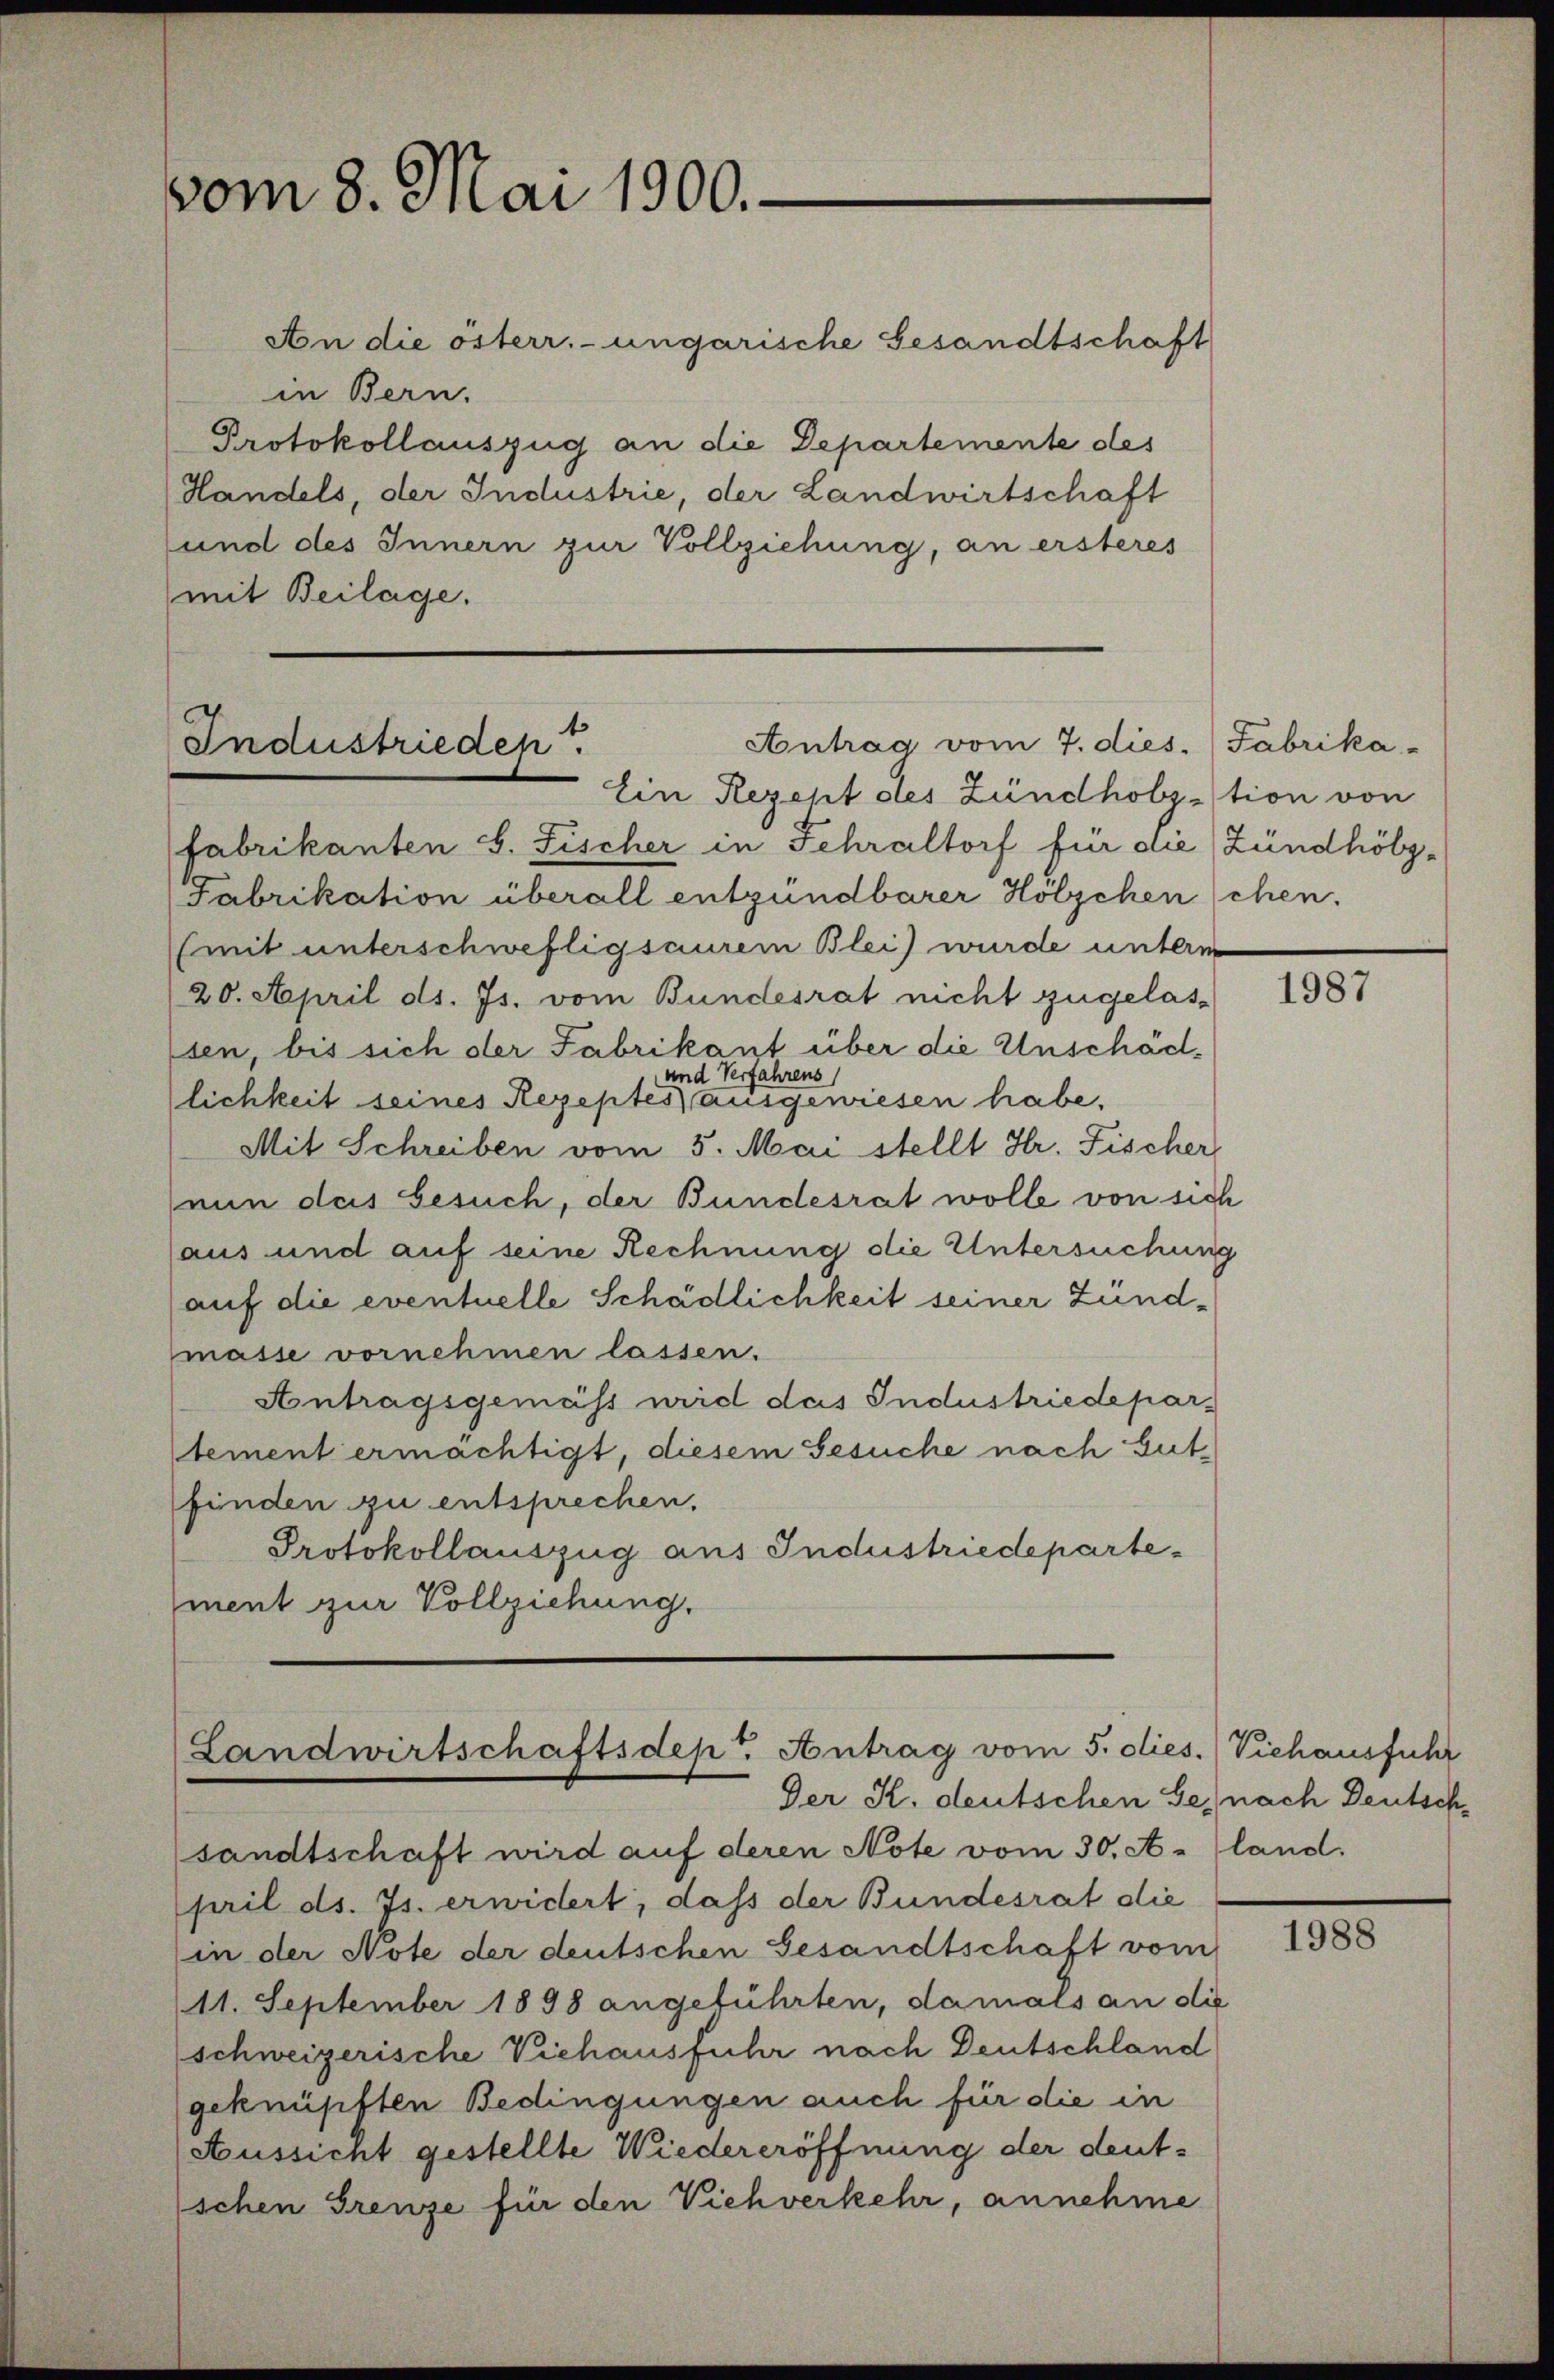
vom 8. Mai 1900.

An die österr. ungarische Gesandtschaft
in Bern.
Protokollauszug an die Departemente des
Handels, der Industrie, der Landwirtschaft
und des Innern zur Vollziehung, an ersteres
mit Beilage.

Antrag vom 7. dies. (Fabrika-
Industrieden.
Ein Rezept des Zündhobzation von

Landwirtschaftsdept. Antrag vom 5. dies. (Viehausführ
Der K. deutschen Se. nach Deutsch¬

fabrikanten S. Fischer in Fehraltorf für die Zündhölz¬
Fabrikation überall entzündbarer Hölzchen schen.
(mit unterschwefligsaurem Blei) wurde unterm
20. April d. Js. vom Bundesrat nicht zugelas-
sen bis sich der Fabrikant über die Unschäd¬
und Verfahrens
lichkeit seines Rezeptes ausgewiesen habe.
Mit Schreiben vom 5. Mai stellt Hr. Fischer
nun das Gesuch, der Bundesrat wolle von sich
aus und auf seine Rechnung die Untersuchung
auf die eventuelle Schädlichkeit seiner Zündmasse vornehmen lassen.
Antragsgemäss wird das Industriedepartement ermächtigt, diesem Gesuche nach Gutfinden zu entsprechen.
Protokollauszug aus Industriedepartement zur Vollziehung.

sandtschaft wird auf deren Note vom 30. A. land.
pril d. Js. erwidert, daß der Bundesrat die
in der Note der deutschen Gesandtschaft vom
11. September 1898 angeführten, damals an die
schweizerische Viehausfuhr nach Deutschland
geknüpften Bedingungen auch für die in
Aussicht gestellte Wiedereröffnung der deutschen Grenze für den Viehverkehr, annehme

1987

1988